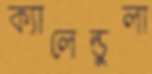
ক্যালেন্ডুলা